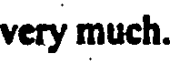
very much.